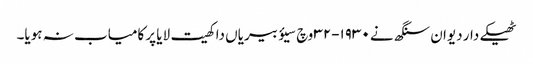
ٹھیکے دار دیوان سنگھ نے ١٩٣٠-٣٢ وچ سیؤ بیریاں دا کھیت لایا پر کامیاب نہ ہویا۔